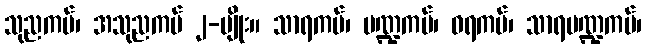
သုညကပ်၊ အသုညကပ် ၂-မျိုး။ သာရကပ်၊ မဏ္ဍကပ်၊ ဝရကပ်၊ သာရမဏ္ဍကပ်၊